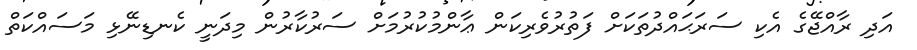
އަދި ރާއްޖޭގެ އެކި ސަރަޙައްދުތަކަށް ފަތުރުވެރިކަން ޢާންމުކުރުމަށް ސަރުކާރުން މިދަނީ ކެނޑިނޭޅި މަސައްކަތް